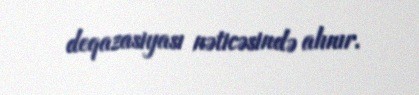
deqazasiyası nəticəsində alınır.